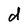
Character: d